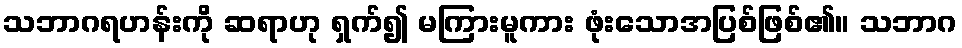
သဘာဂရဟန်းကို ဆရာဟု ရှက်၍ မကြားမူကား ဖုံးသောအပြစ်ဖြစ်၏။ သဘာဂ